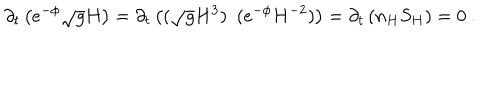
\partial _ { t } \left( e ^ { - \phi } \sqrt { g } H \right) = \partial _ { t } \left( ( \sqrt { g } H ^ { 3 } ) ~ ~ ( e ^ { - \phi } H ^ { - 2 } ) \right) = \partial _ { t } \left( n _ { H } S _ { H } \right) = 0 ~ .